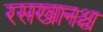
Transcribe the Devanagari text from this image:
रसखानश्च